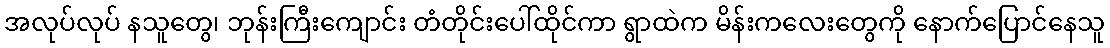
အလုပ်လုပ် နသူတွေ၊ ဘုန်းကြီးကျောင်း တံတိုင်းပေါ်ထိုင်ကာ ရွာထဲက မိန်းကလေးတွေကို နောက်ပြောင်နေသူ